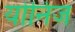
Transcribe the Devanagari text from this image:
योनिज